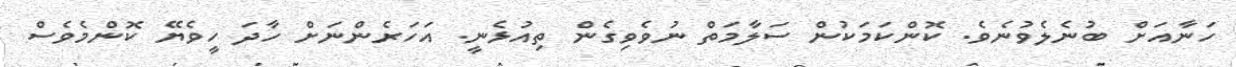
ހަނާއަށް ބުނެލެވުނެވެ. ކޮންކަމަކުން ސަލާމަތް ނުވެވިގެން ތިއުޅެނީ. އަހަރެންނަށް ހާދަ ހީވެޔޭ ކޮންމެވެސް